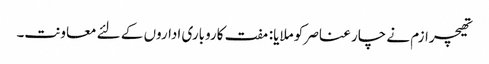
تھیچرازم نے چار عناصر کو ملایا: مفت کاروباری اداروں کے لئے معاونت۔